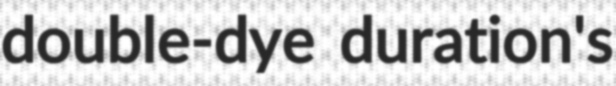
double-dye duration's